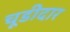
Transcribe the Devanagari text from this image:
चूडीदार